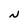
Character: N